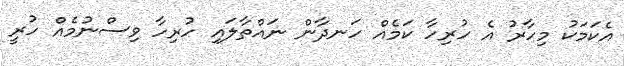
އެކަމަކު މިހާރު އެ ހުރިހާ ކަމެއް ހަނދާން ނައްތާލައި ހުރިހާ ވިސްނުމެއް ހުރީ